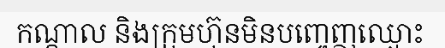
កណ្តាល និងក្រុមហ៊ុនមិនបញ្ចេញឈ្មោះ